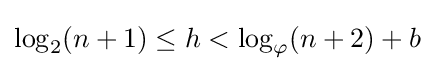
\log _{2}(n+1)\leq h<\log _{\varphi }(n+2)+b